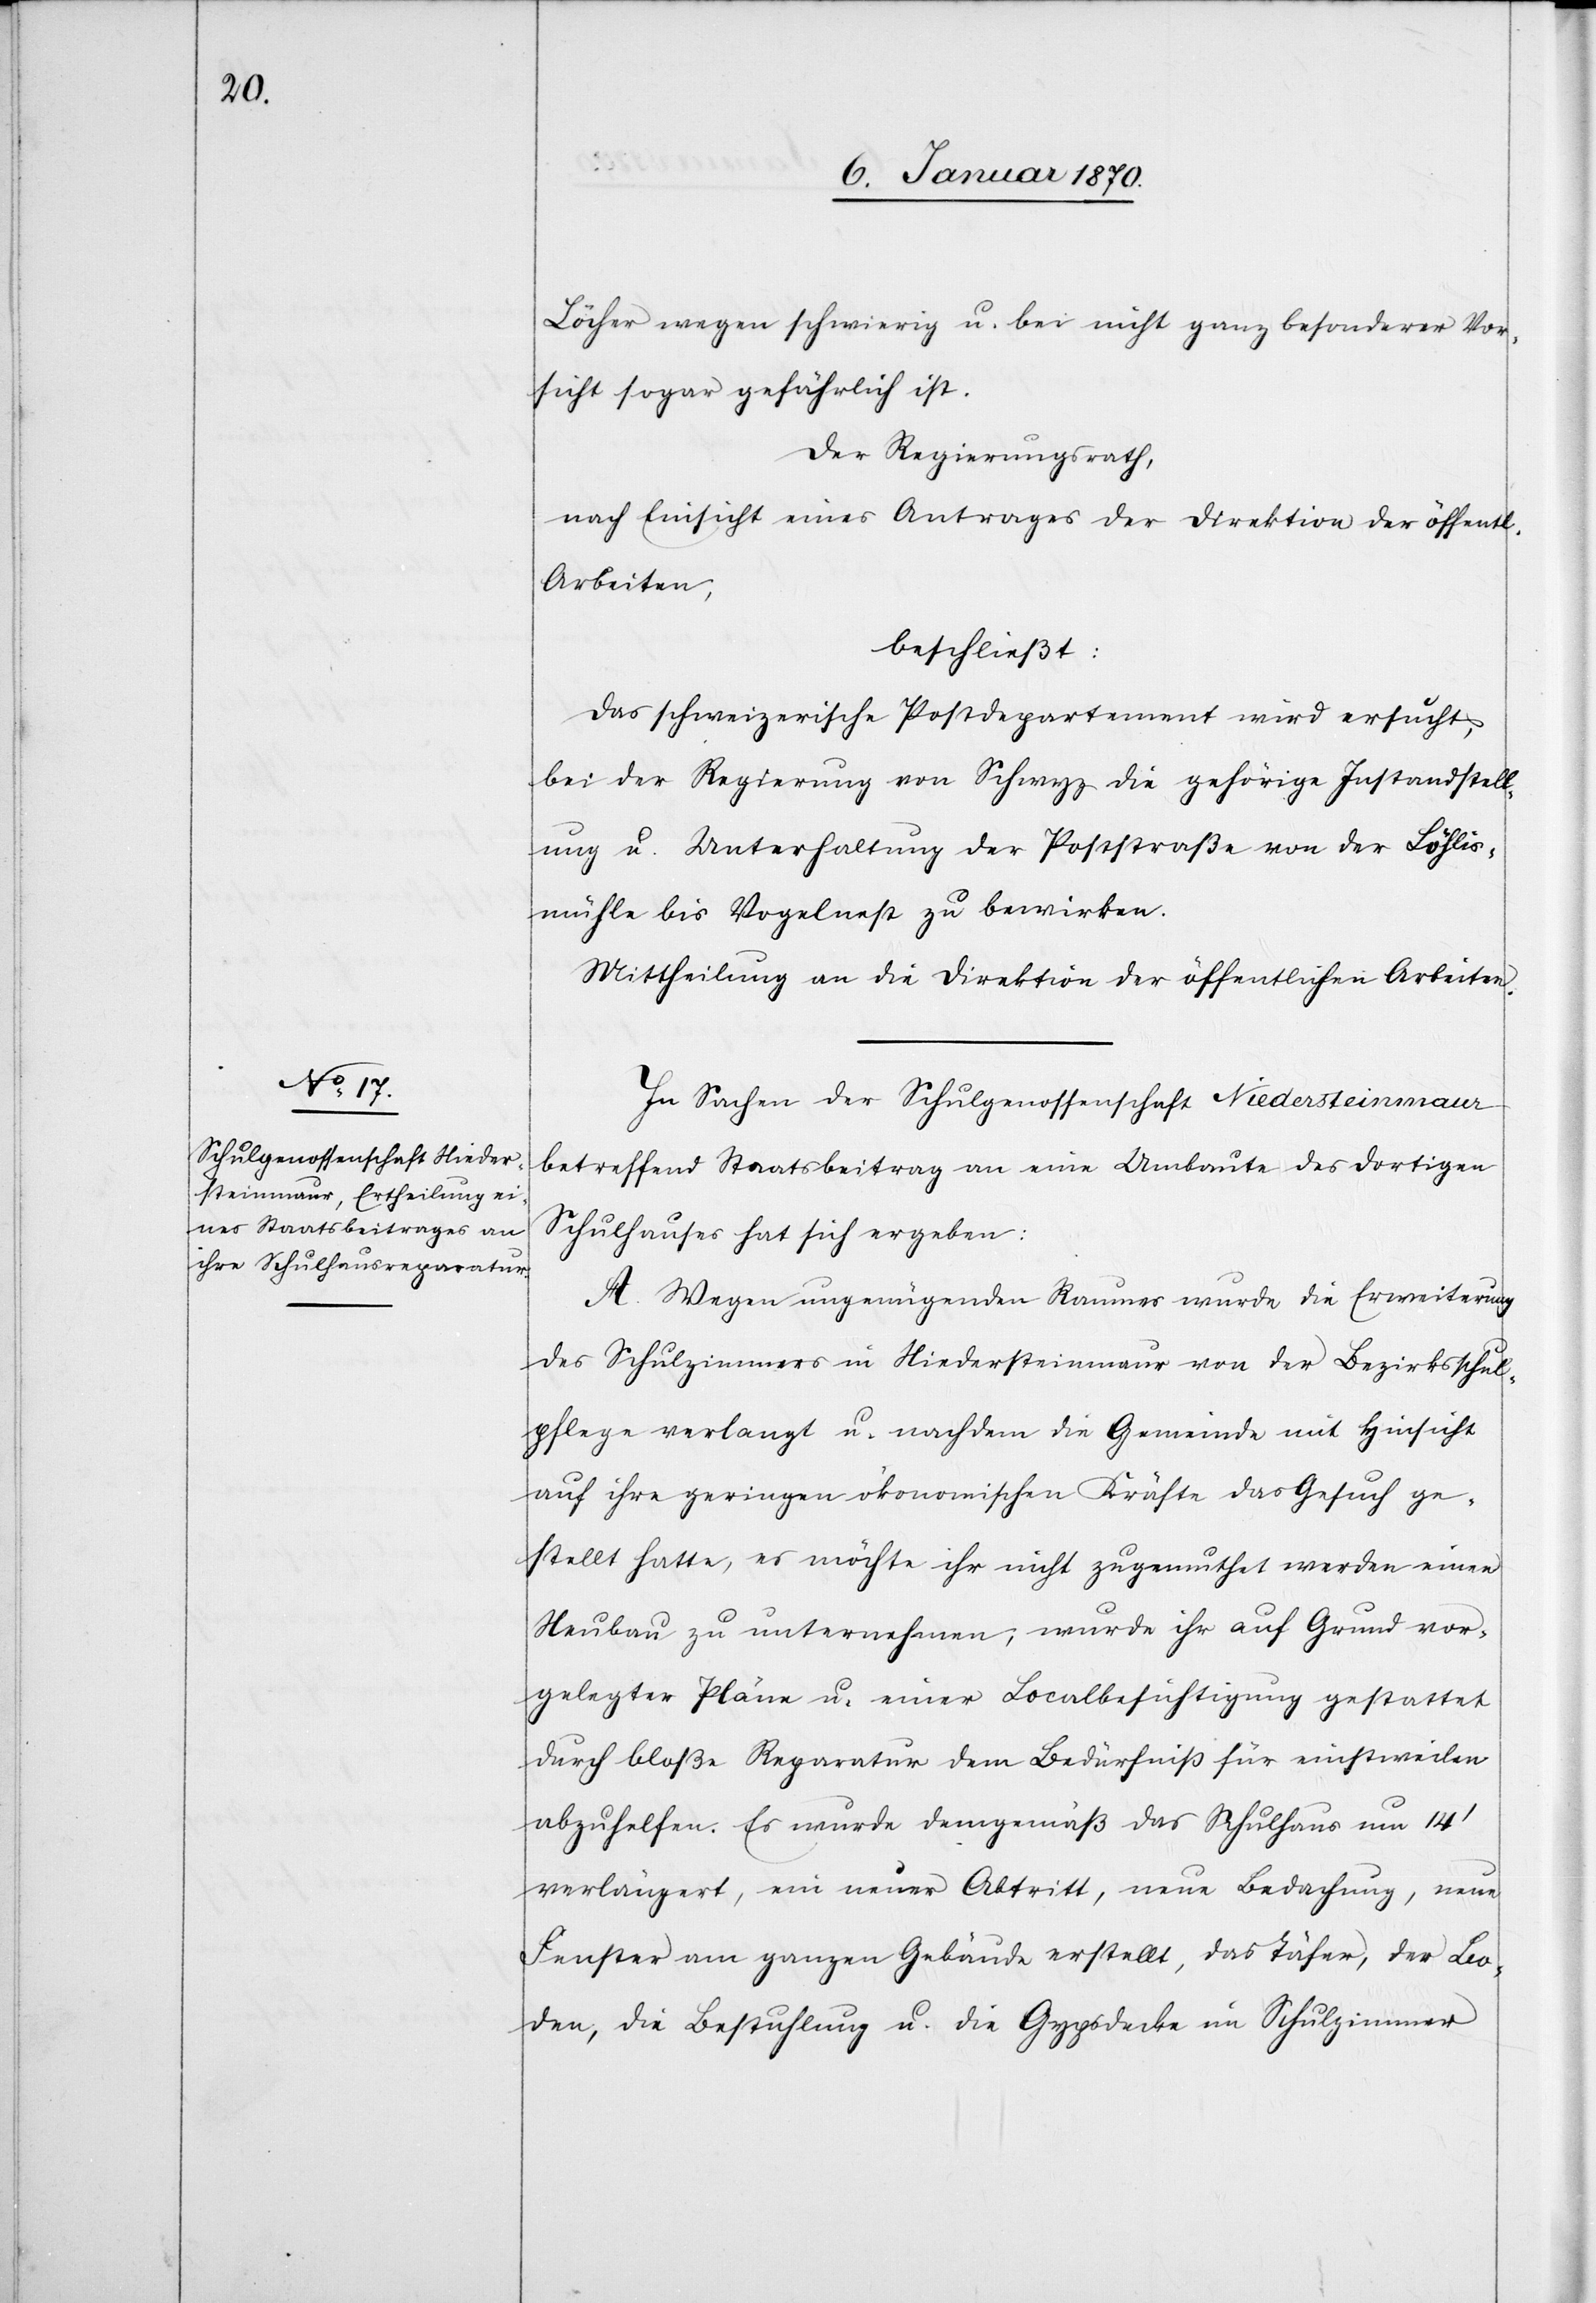
Löcher wegen schwierig u. bei nicht genug besonderer Vor¬
sicht sogar gefährlich ist.
Der Regierungsrath,
nach Einsicht eines Antrages der Direktion der öffentl.
Arbeiten,
beschließt:
Das schweizerische Postdepartement wird ersucht,
bei der Regierung von Schwyz die gehörige Instandstell¬
ung u. Unterhaltung der Poststraße von der Löhlis¬
mühle bis Vogelnest zu bewirken.
Mittheilung an die Direktion der öffentlichen Arbeiten.
In Sachen der Schulgenossenschaft Niedersteinmaur
betreffend Staatsbeitrag an eine Umbaute des dortigen
Schulhauses hat sich ergeben:
A. Wegen ungenügenden Raumes wurde die Erweiterung
des Schulzimmers in Niedersteinmaur von der Bezirksschul¬
pflege verlangt u. nachdem die Gemeinde mit Hinsicht
auf ihre geringen ökonomischen Kräfte das Gesuch ge¬
stellt hatte, es möchte ihr nicht zugemuthet werden einen
Neubau zu unternehmen, wurde ihr auf Grund vor¬
gelegter Pläne u. einer Localbesichtigung gestattet
durch bloße Reparatur dem Bedürfniß für einstweilen
abzuhelfen. Es wurde demgemäß das Schulhaus um 14’
verlängert, ein neuer Abtritt, neue Bedachung, neue
Fenster am ganzen Gebäude erstellt, das Täfer, der Bo¬
den, die Bestuhlung u. die Gypsdecke im Schulzimmer